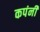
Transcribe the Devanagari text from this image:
कपंनी